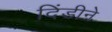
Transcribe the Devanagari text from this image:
दिंडीने